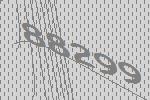
88299